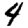
Digit: 4